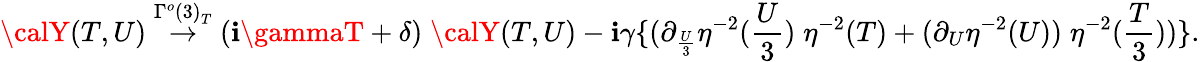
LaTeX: {\calY}(T,U)\stackrel{{\Gamma^{o}(3)}_{T}}{\rightarrow}(\mathbf{i}\gammaT+\delta)\; {\calY}(T,U)-\mathbf{i}\gamma\{ (\partial_{\frac{{U}}{{3}}}\eta^{-2}(\frac{{U}}{{3}})\; \eta^{-2}(T)+(\partial_{U}\eta^{-2}(U))\; \eta^{-2}(\frac{{T}}{{3}}))\} .